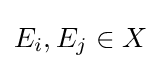
E_{i},E_{j}\in X